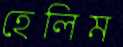
হেলিম